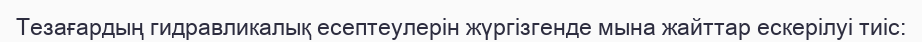
Тезағардың гидравликалық есептеулерін жүргізгенде мына жайттар ескерілуі тиіс: